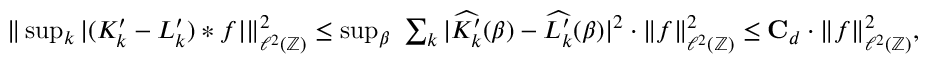
\begin{array} { r } { \| \operatorname* { s u p } _ { k } | ( K _ { k } ^ { \prime } - L _ { k } ^ { \prime } ) * f | \| _ { \ell ^ { 2 } ( \mathbb { Z } ) } ^ { 2 } \leq \operatorname* { s u p } _ { \beta } \ \sum _ { k } | \widehat { K _ { k } ^ { \prime } } ( \beta ) - \widehat { L _ { k } ^ { \prime } } ( \beta ) | ^ { 2 } \cdot \| f \| _ { \ell ^ { 2 } ( \mathbb { Z } ) } ^ { 2 } \leq \mathbf { C } _ { d } \cdot \| f \| _ { \ell ^ { 2 } ( \mathbb { Z } ) } ^ { 2 } , } \end{array}